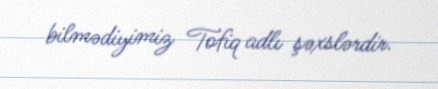
bilmədiyimiz Tofiq adlı şəxslərdir.